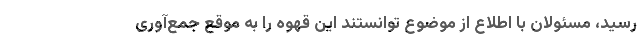
رسید، مسئولان با اطلاع از موضوع توانستند این قهوه را به موقع جمع‌آوری